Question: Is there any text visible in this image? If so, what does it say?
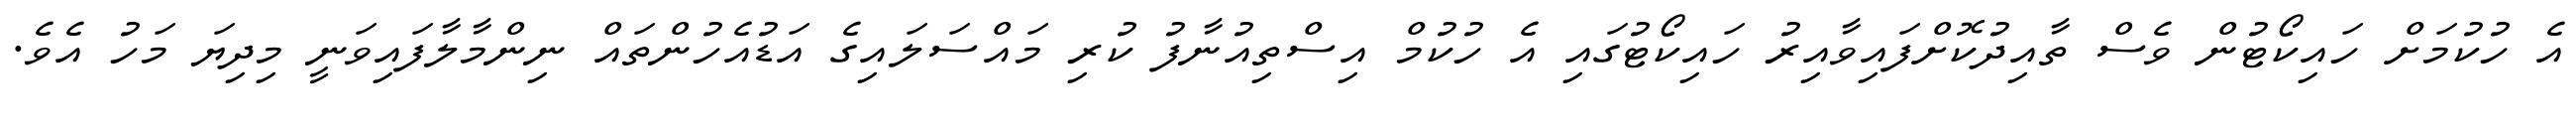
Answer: އެ ހުކުމަށް ހައިކޯޓުން ވެސް ތާއިދުކޮށްފައިވާއިރު ހައިކޯޓުގައި އެ ހުކުމް އިސްތިއުނާފު ކުރި މައްސަލައިގެ އަޑުއެހުންތައް ނިންމާލާފައިވަނީ މިދިޔަ މަހު އެވެ.